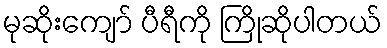
မုဆိုးကျော် ပီရီကို ကြိုဆိုပါတယ်